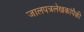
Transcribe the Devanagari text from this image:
जालपत्रलेखकांपैकी